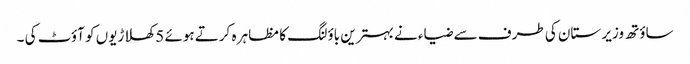
ساؤتھ وزیر ستان کی طرف سے ضیاء نے بہترین باؤلنگ کا مظاہر ہ کرتے ہوئے 5 کھلاڑیوں کو آؤٹ کی ۔